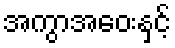
အကွာအဝေးနှင့်